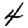
Digit: 4